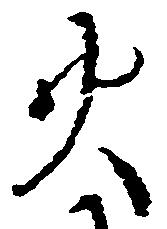
火